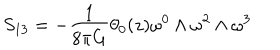
S _ { 1 3 } = - \frac { 1 } { 8 { \pi } G } { \theta } _ { 0 } ( z ) { \omega } ^ { 0 } \wedge { \omega } ^ { 2 } \wedge { \omega } ^ { 3 }